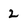
Character: 2